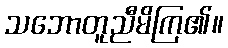
သဘောတူညီမိကြ၏။